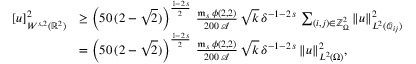
\begin{array} { r l } { [ u ] _ { W ^ { s , 2 } ( \mathbb { R } ^ { 2 } ) } ^ { 2 } } & { \ge \left( 5 0 \, ( 2 - \sqrt { 2 } ) \right) ^ { \frac { 1 - 2 \, s } { 2 } } \, \frac { \mathfrak { m } _ { s } \, \phi ( 2 , 2 ) } { 2 0 0 \, \mathcal { A } } \, \sqrt { k } \, \delta ^ { - 1 - 2 \, s } \, \sum _ { ( i , j ) \in \mathbb { Z } _ { \Omega } ^ { 2 } } \| u \| _ { L ^ { 2 } ( \mathcal { Q } _ { i j } ) } ^ { 2 } } \\ & { = \left( 5 0 \, ( 2 - \sqrt { 2 } ) \right) ^ { \frac { 1 - 2 \, s } { 2 } } \, \frac { \mathfrak { m } _ { s } \, \phi ( 2 , 2 ) } { 2 0 0 \, \mathcal { A } } \, \sqrt { k } \, \delta ^ { - 1 - 2 \, s } \, \| u \| _ { L ^ { 2 } ( \Omega ) } ^ { 2 } , } \end{array}